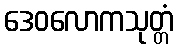
ဒေဝလောကသုတ္တံ